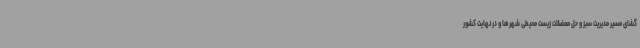
گشای مسیر مدیریت سبز و حل معضلات زیست محیطی شهرها و در نهایت کشور